Vaccine operations Central Provinces 1868-1885 - 1868-1885
Year: 1868
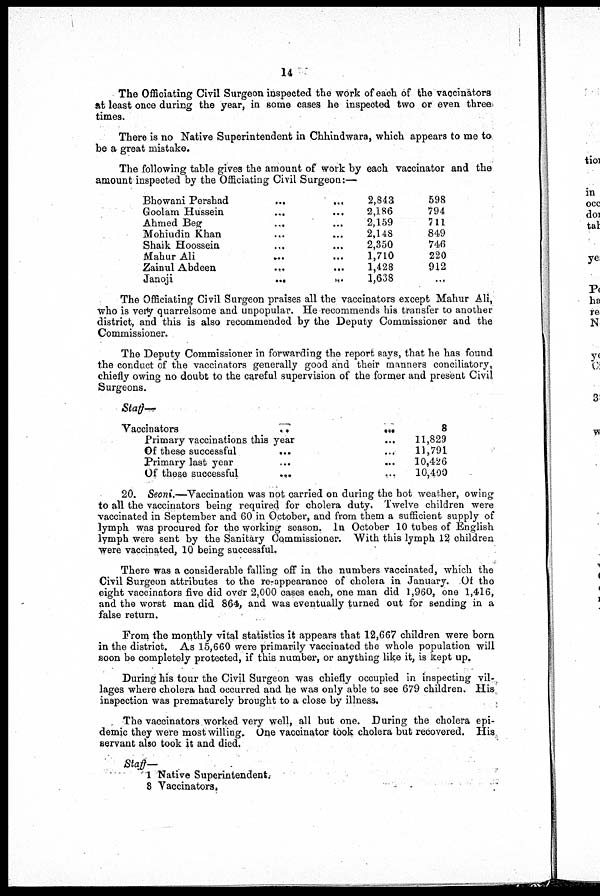
14
The Officiating Civil Surgeon inspected the work of each of the vaccinators
at least once during the year, in some cases he inspected two or even three
times.
There is no Native Superintendent in Chhindwara, which appears to me to
be a great mistake.
The following table gives the amount of work by each vaccinator and the
amount inspected by the Officiating Civil Surgeon:—
Bhowani
Pershad...
...
...
...
Goolam
Hussein...
...
...
...
Ahmed Beg... ... ... ...
Mohiudin Khan... ... ... ...
Shaik Hoossein... ... ... ...
Mahur Ali... ... ... ...
Zainul
Abdeen...
...
...
...
Janoji...
...
...
...
2,843
2,186
2,159
2,148
2,350
1,710
1,428
1,638
598
794
711
849
746
220
912
...
The Officiating Civil Surgeon praises all the vaccinators except Mahur Ali,
who is very quarrelsome and unpopular. He recommends his transfer to another
district, and this is also recommended by the Deputy Commissioner and the
Commissioner.
The Deputy Commissioner in forwarding the report says, that he has found
the conduct of the vaccinators generally good and their manners conciliatory,
chiefly owing no doubt to the careful supervision of the former and present Civil
Surgeons.
Staff
Vaccinators ... ...
Primary vaccinations this year ...
Of these successful ... ...
Primary last year ... ...
Of these successful
...
...
8
11,829
11,791
10,426
10,400
20. Seoni.—Vaccination was not carried on during the hot weather, owing
to all the vaccinators being required for cholera duty. Twelve children were
vaccinated in September and 60 in October, and from them a sufficient supply of
lymph was procured for the working season. In October 10 tubes of English
lymph were sent by the Sanitary Commissioner. With this lymph 12 children
were vaccinated, 10 being successful.
There was a considerable falling off in the numbers vaccinated, which the
Civil Surgeon attributes to the re-appearance of cholera in January. Of the
eight vaccinators five did over 2,000 cases each, one man did 1,960, one 1,416,
and the worst man did 864, and was eventually turned out for sending in a
false return.
From the monthly vital statistics it appears that 12,667 children were born
in the district. As 15,660 were primarily vaccinated the whole population will
soon be completely protected, if this number, or anything like it, is kept up.
During his tour the Civil Surgeon was chiefly occupied in inspecting vil-
lages where cholera had occurred and he was only able to see 679 children. His
inspection was prematurely brought to a close by illness.
The vaccinators worked very well, all but one. During the cholera epi-
demic they were most willing. One vaccinator took cholera but recovered. His
servant also took it and died.
Staff-
1 Native Superintendent.
8 Vaccinators.